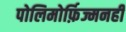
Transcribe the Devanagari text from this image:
पोलिमोर्फ़िज्मनहीं